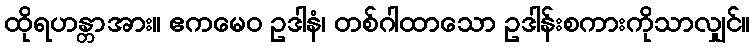
ထိုရဟန္တာအား။ ဧကမေဝ ဥဒါနံ၊ တစ်ဂါထာသော ဥဒါန်းစကားကိုသာလျှင်။